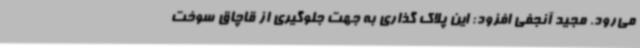
می‌رود. مجید آنجفی افزود: این پلاک گذاری به جهت جلوگیری از قاچاق سوخت